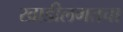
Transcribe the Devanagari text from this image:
खाडीलगतचा